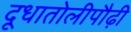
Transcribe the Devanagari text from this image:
दूधातोलीपौढ़ी